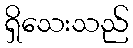
ရှိသေးသည်